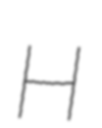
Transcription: H